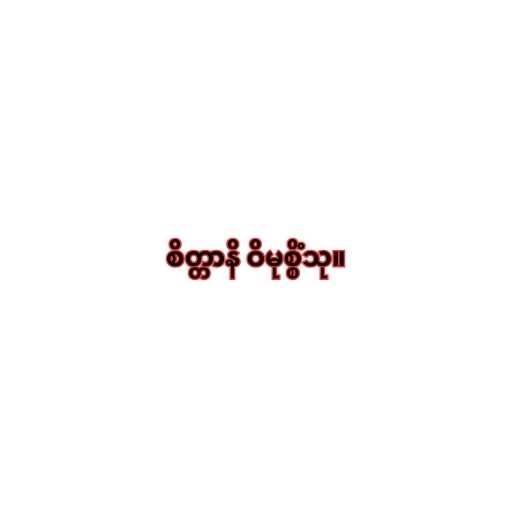
စိတ္တာနိ ဝိမုစ္စိံသု။